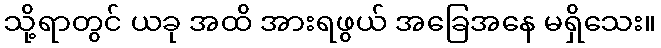
သို့ရာတွင် ယခု အထိ အားရဖွယ် အခြေအနေ မရှိသေး။